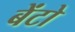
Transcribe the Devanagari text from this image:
बेंटो